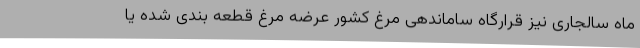
ماه سالجاری نیز قرارگاه ساماندهی مرغ کشور عرضه مرغ قطعه بندی شده یا